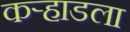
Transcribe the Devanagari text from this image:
कर्‍हाडला